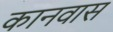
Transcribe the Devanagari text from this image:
कानवास